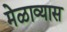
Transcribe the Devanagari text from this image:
मेळाव्यास